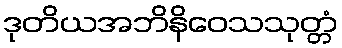
ဒုတိယအဘိနိဝေသသုတ္တံ